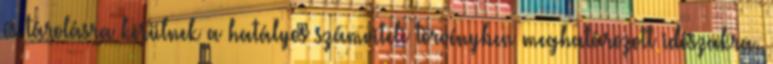
és tárolásra kerülnek a hatályos számviteli törvényben meghatározott időszakra.